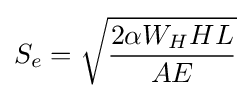
S_{e}={\sqrt {\frac {2\alpha W_{H}HL}{AE}}}